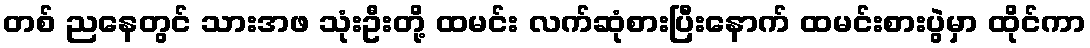
တစ် ညနေတွင် သားအဖ သုံးဦးတို့ ထမင်း လက်ဆုံစားပြီးနောက် ထမင်းစားပွဲမှာ ထိုင်ကာ